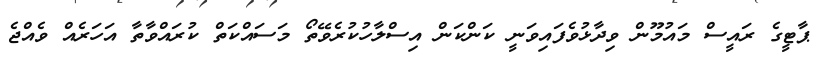
ޕާޓީގެ ރައީސް މައުމޫން ވިދާޅުވެފައިވަނީ ކަންކަން އިސްލާހުކުރެވޭތޯ މަސައްކަތް ކުރައްވާތާ އަހަރެއް ވެއްޖެ